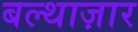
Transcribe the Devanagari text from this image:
बल्थाज़ार